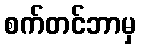
စက်တင်ဘာမှ